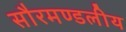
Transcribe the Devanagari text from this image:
सौरमण्डलीय